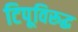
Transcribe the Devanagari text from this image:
टिपूविरूद्ध